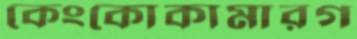
কেংকোকামারগ